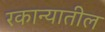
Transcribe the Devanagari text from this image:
रकान्यातील